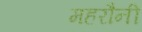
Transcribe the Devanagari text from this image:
महरौनी